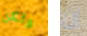
ولكن إن